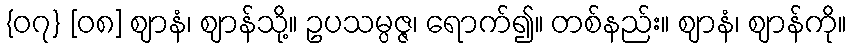
{၀၇} [၀၈] ဈာနံ၊ ဈာန်သို့။ ဥပသမ္ပဇ္ဇ၊ ရောက်၍။ တစ်နည်း။ ဈာနံ၊ ဈာန်ကို။